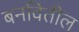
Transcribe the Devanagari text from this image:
बनवितील